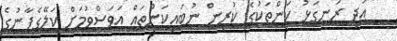
އަދި ރަނގަޅު ކަންތަކުގެ ކުރިން ނުބައިކަންތައް އަވަސްވުމަށް ކަލޭގެފާނުގެ